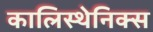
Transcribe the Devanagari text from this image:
कालिस्थेनिक्स